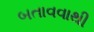
બતાવવાથી